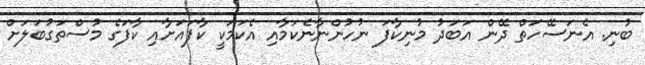
ބުނި. އެނަސޭހަތް ދޭން އަބަދު މުނިކާފަ ނުހުންނާނެކަމާއި އެކަމަކީ ކާފައަށާއި ކާފަގެ މުސްތަގުބަލަށް